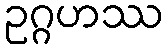
ဥဂ္ဂဟဿ